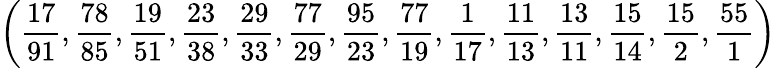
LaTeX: \left({\frac{17}{91}},{\frac{78}{85}},{\frac{19}{51}},{\frac{23}{38}},{\frac{29}{33}},{\frac{77}{29}},{\frac{95}{23}},{\frac{77}{19}},{\frac{1}{17}},{\frac{11}{13}},{\frac{13}{11}},{\frac{15}{14}},{\frac{15}{2}},{\frac{55}{1}}\right)